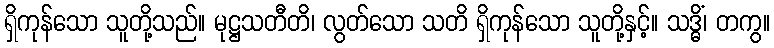
ရှိကုန်သော သူတို့သည်။ မုဋ္ဌသတီတိ၊ လွတ်သော သတိ ရှိကုန်သော သူတို့နှင့်။ သဒ္ဓိံ၊ တကွ။